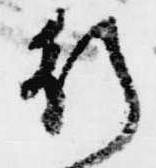
行